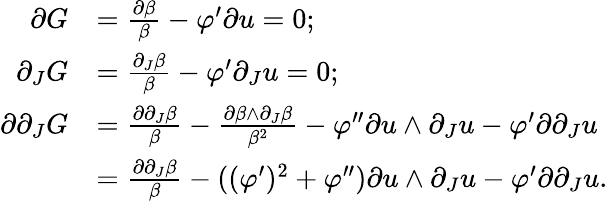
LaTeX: \begin{array}{rl}{\partial G}&{=\frac{\partial\beta}{\beta}-\varphi^{\prime}\partial u=0;}\\ {\partial_{J}G}&{=\frac{\partial_{J}\beta}{\beta}-\varphi^{\prime}\partial_{J}u=0;}\\ {\partial\partial_{J}G}&{=\frac{\partial\partial_{J}\beta}{\beta}-\frac{\partial\beta\wedge\partial_{J}\beta}{\beta^{2}}-\varphi^{\prime\prime}\partial u\wedge\partial_{J}u-\varphi^{\prime}\partial\partial_{J}u}\\ &{=\frac{\partial\partial_{J}\beta}{\beta}-((\varphi^{\prime})^{2}+\varphi^{\prime\prime})\partial u\wedge\partial_{J}u-\varphi^{\prime}\partial\partial_{J}u.}\end{array}